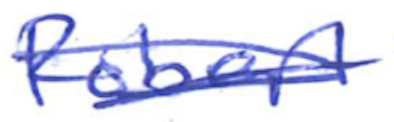
Text: Robert
Cross-out: scratch
Writing tool: ballpoint